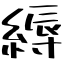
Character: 縟